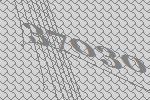
37030